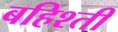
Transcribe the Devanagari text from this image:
बहिश्ती